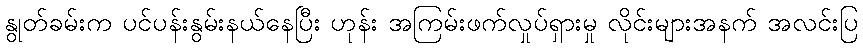
နွုတ်ခမ်းက ပင်ပန်းနွမ်းနယ်နေပြီး ဟုန်း အကြမ်းဖက်လှုပ်ရှားမှု လိုင်းများအနက် အလင်းပြ